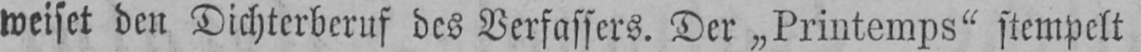
weiset den Dichterberuf des Verfassers. Der „Printemps“ stempelt